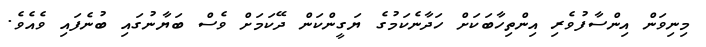
މިނިވަން އިންސާފުވެރި އިންތިހާބަކަށް ހަދާނެކަމުގެ ޔަގީންކަން ދޭކަމަށް ވެސް ބަޔާނުގައި ބުނެފައި ވެެއެވެ.